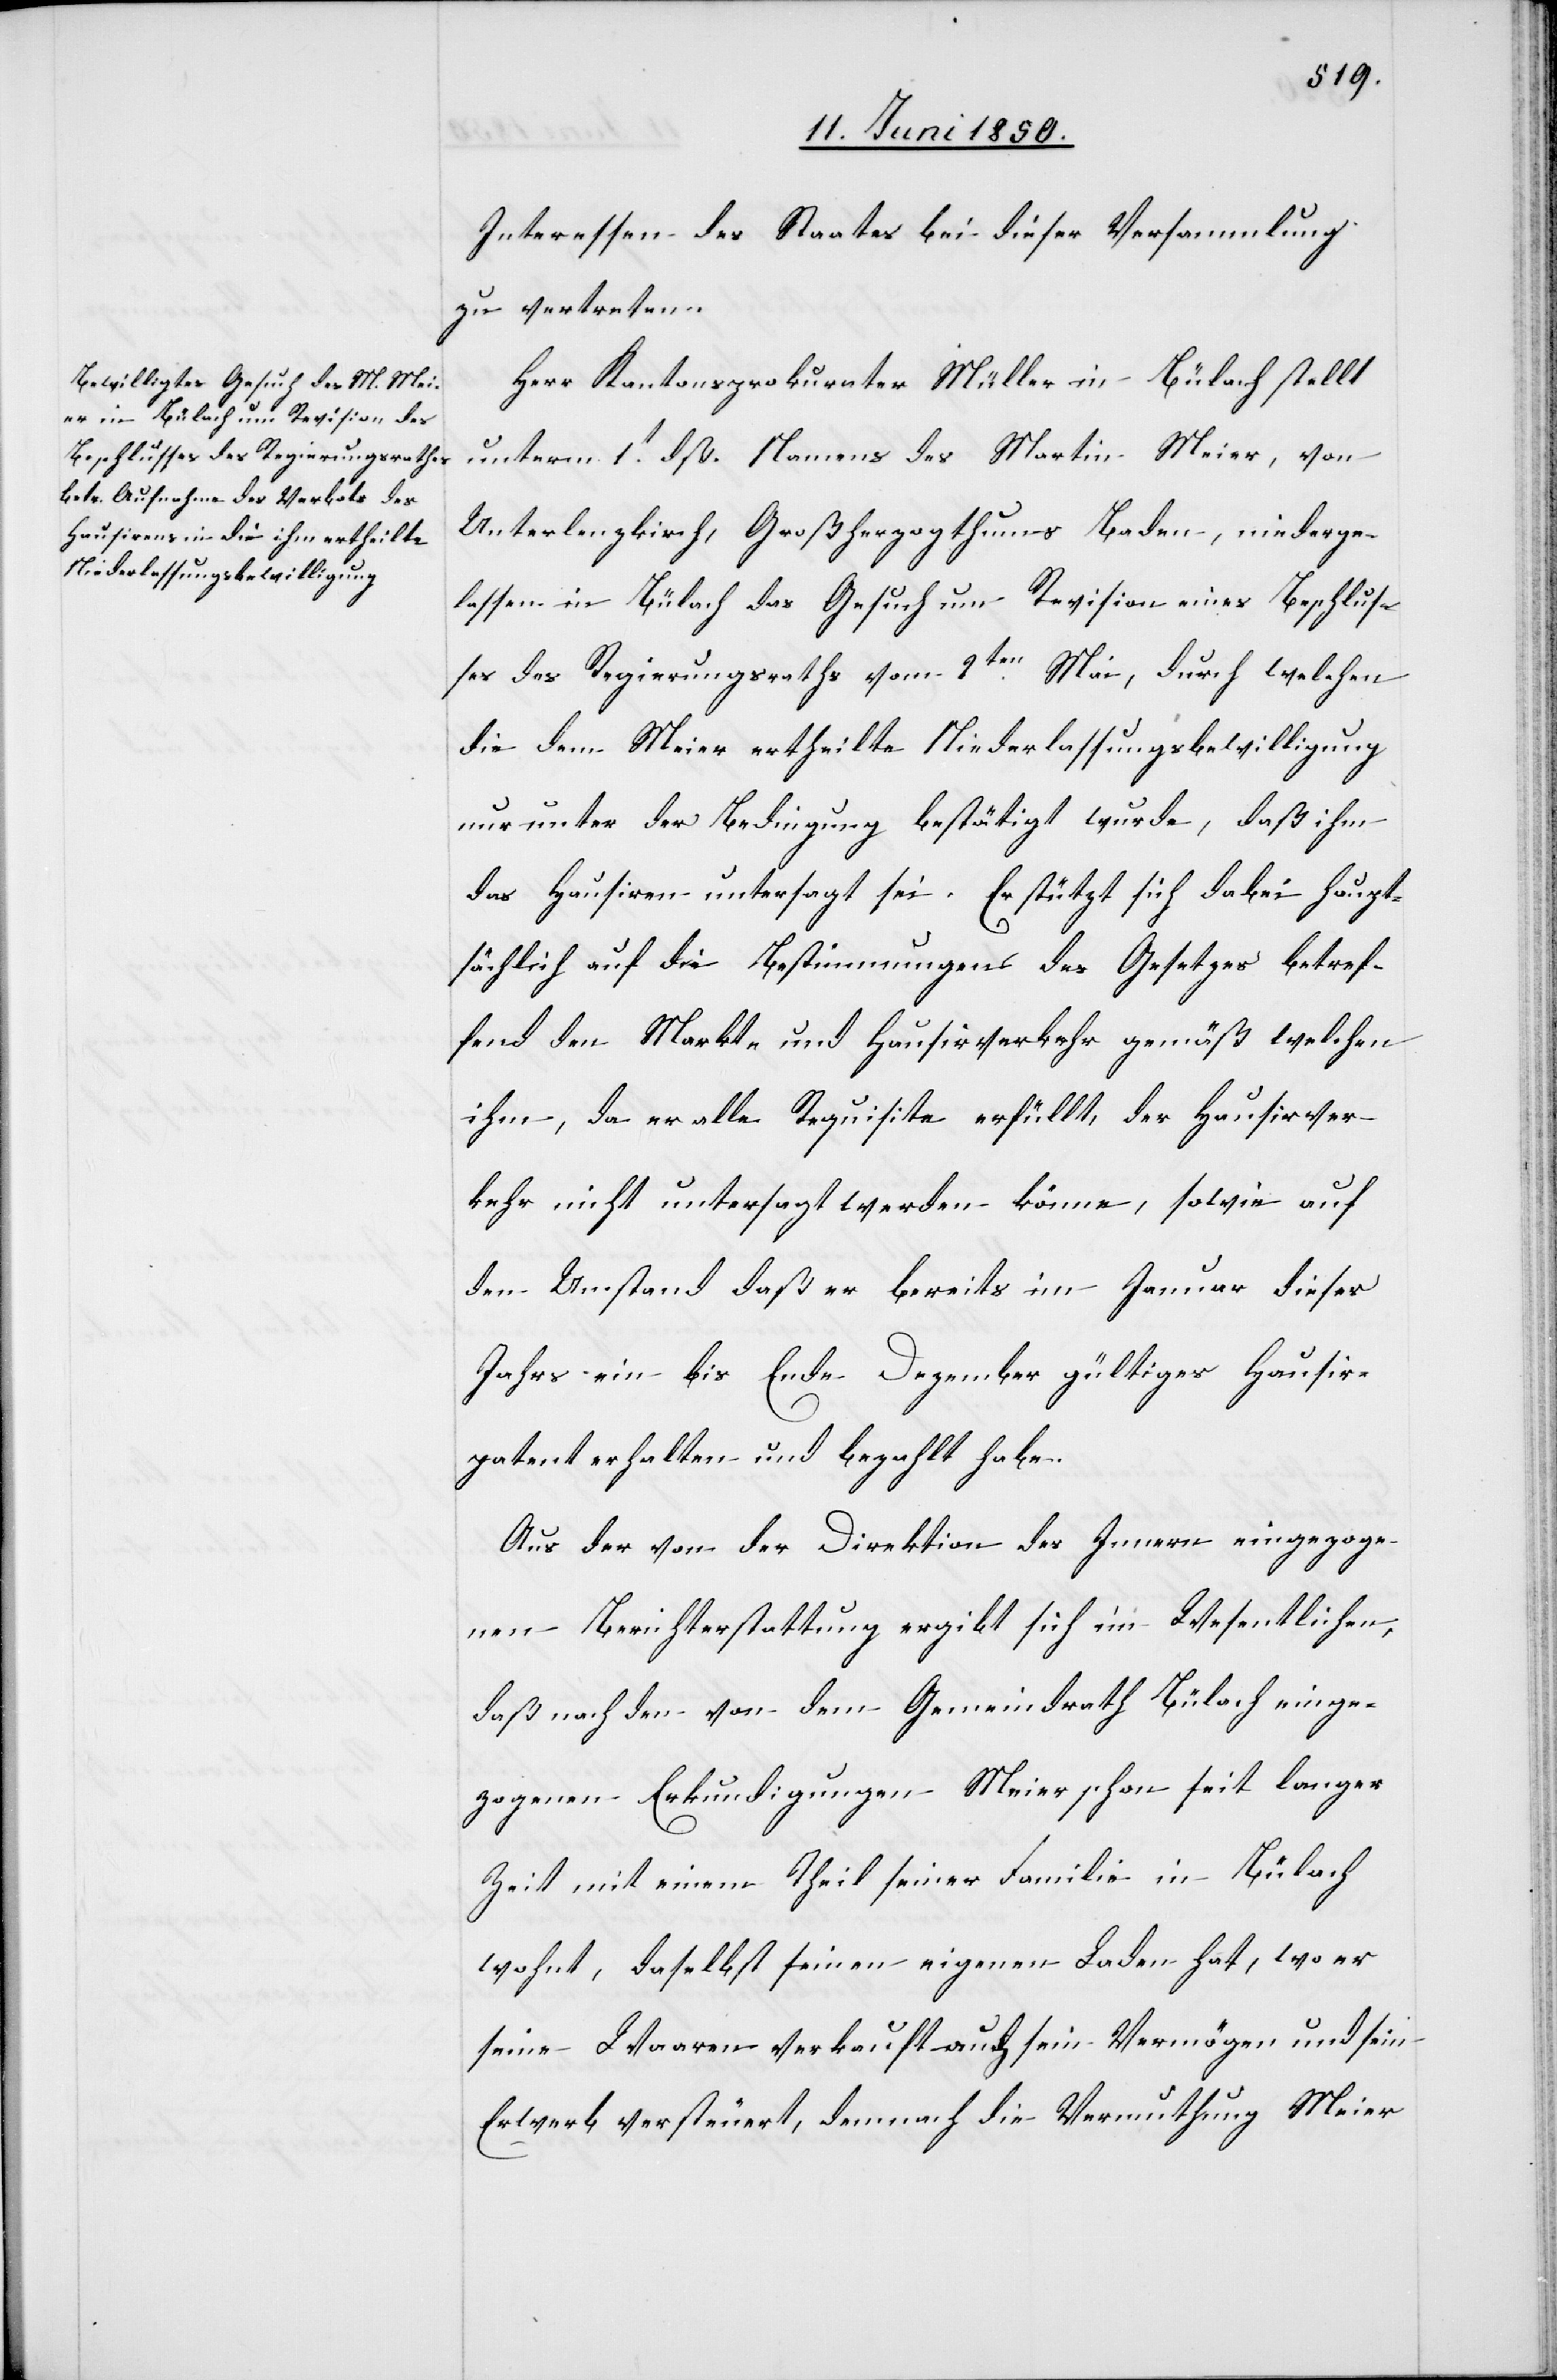
Interessen des Staates bei dieser Versammlung
zu vertreten.
Herr Kantonsprokurater Müller in Bülach stellt
unterm 1t dß. Namens des Martin Meier, von
Unterlenzkirch, Großherzogthums Baden, niederge¬
lassen in Bülach das Gesuch um Revision eines Beschlus¬
ses des Regierungsraths vom 2ten Mai, durch welchen
die dem Meier ertheilte Niederlassungsbewilligung
nur unter der Bedingung bestätigt wurde, daß ihm
das Hausiren untersagt sei. Er stützt sich dabei haupt¬
sächlich auf die Bestimmungen des Gesetzes betref¬
fend den Markt- und Hausirverkehr gemäß welchen
ihm, da er alle Requisite erfüllt, der Hausirver¬
kehr nicht untersagt werden könne, sowie auf
den Umstand daß er bereits im Januar dieses
Jahrs ein bis Ende Dezember gültiges Hausir¬
patent erhalten und bezahlt habe.
Aus der von der Direktion des Innern eingezoge¬
nen Berichterstattung ergibt sich im Wesentlichen,
daß nach den von dem Gemeindrath Bülach einge¬
zogenen Erkundigungen Meier schon seit langer
Zeit mit einem Theil seiner Familie in Bülach
wohnt, daselbst seinen eigenen Laden hat, wo er
seine Waaren verkauft auch sein Vermögen und sein
Erwerb versteuert, demnach die Vermuthung Meier